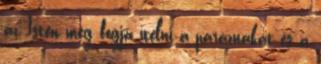
az Isten meg fogja ítélni a paráznákat és a